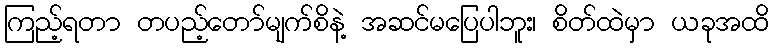
ကြည့်ရတာ တပည့်တော်မျက်စိနဲ့ အဆင်မပြေပါဘူး၊ စိတ်ထဲမှာ ယခုအထိ